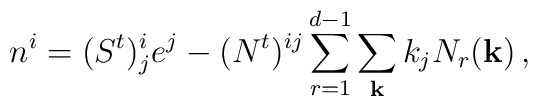
n^{i} = (S^{t})^{i}_{j}e^{j} - (N^{t})^{ij}\sum_{r=1}^{d-1}\sum_{\bf k} k_{j}N_{r}({\bf k}) \, ,